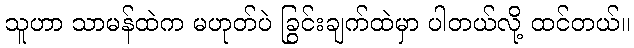
သူဟာ သာမန်ထဲက မဟုတ်ပဲ ခြွင်းချက်ထဲမှာ ပါတယ်လို့ ထင်တယ်။